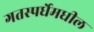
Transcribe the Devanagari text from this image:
गतस्पर्धेमधील